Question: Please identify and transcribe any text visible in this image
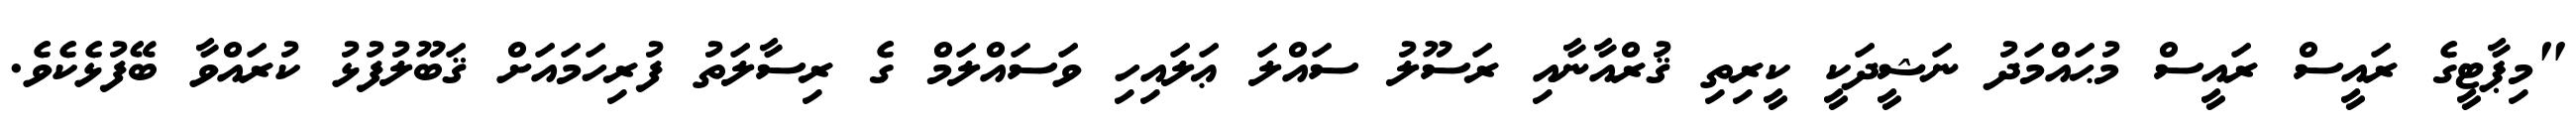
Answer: "މިޕާޓީގެ ރައީސް ރައީސް މުޙައްމަދު ނަޝީދަކީ ކީރިތި ޤުރްއާނާއި ރަސޫލު ސައްލަ ޢަލައިހި ވަސައްލަމް ގެ ރިސާލަތު ފުރިހަމައަށް ޤަބޫލުފުޅު ކުރައްވާ ބޭފުޅެކެވެ.